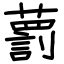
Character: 藅